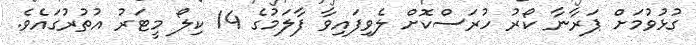
ގުޅުވުމަށް ޕަރާނާ ކޯރު ހުރަސްކޮށް ލެވިފައިވާ ފާލަމުގެ 14 ކިލޯ މީޓަރު އުތުރުގައެވެ.